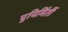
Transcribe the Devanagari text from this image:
पुनिर्मिर्ती